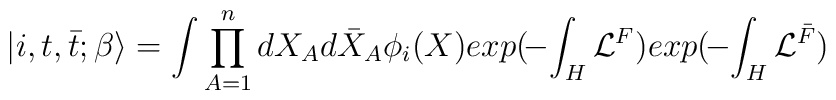
|i, t ,{\bar t}; \beta \rangle = \int  \prod_{A=1}^{n} dX_Ad{\bar X}_A \phi_i(X) exp(\!-\! \int_H {\cal L}^{F})exp(\!- \! \int_H {\cal L}^{\bar F})